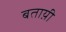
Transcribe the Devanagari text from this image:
बताय़ी